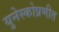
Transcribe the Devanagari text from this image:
युनेस्कोप्रणीत